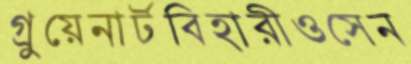
গ্রুয়েনার্টবিহারীওসেন